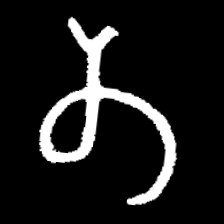
Pyu character \u2014 Myanmar letter: တ (romanized: ta)